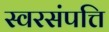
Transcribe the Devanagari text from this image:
स्वरसंपत्ति